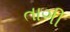
તાગી